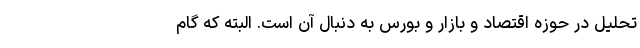
تحلیل در حوزه اقتصاد و بازار و بورس به دنبال آن است. البته که گام